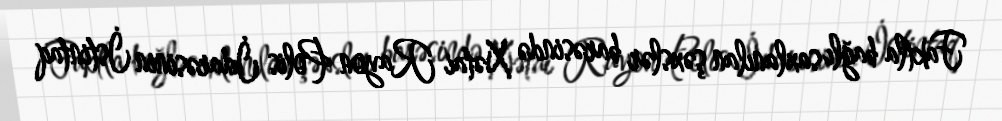
Faktla bağlı saxlanılan şəxslər barəsində Xətai Rayon Polis İdarəsinin İstintaq